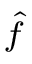
\scriptstyle { \hat { f } }